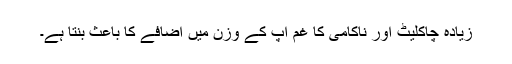
زیادہ چاکلیٹ اور ناکامی کا غم آپ کے وزن میں اضافے کا باعث بنتا ہے۔